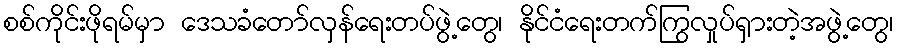
စစ်ကိုင်းဖိုရမ်မှာ ဒေသခံတော်လှန်ရေးတပ်ဖွဲ့တွေ၊ နိုင်ငံရေးတက်ကြွလှုပ်ရှားတဲ့အဖွဲ့တွေ၊